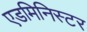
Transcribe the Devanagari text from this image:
एडमिनिस्टर